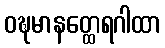
ဝဍ္ဎမာနတ္ထေရဂါထာ